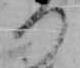
つ